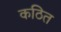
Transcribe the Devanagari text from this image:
कठित